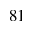
_ { 8 1 }